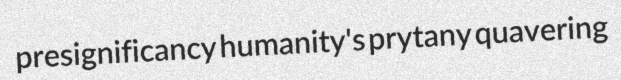
presignificancy humanity's prytany quavering